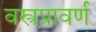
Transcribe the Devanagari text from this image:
वस्त्रप्रावर्ण